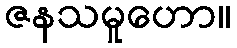
ဇနသမူဟော။